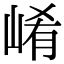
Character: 崤